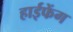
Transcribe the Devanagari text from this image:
हाईफेंग